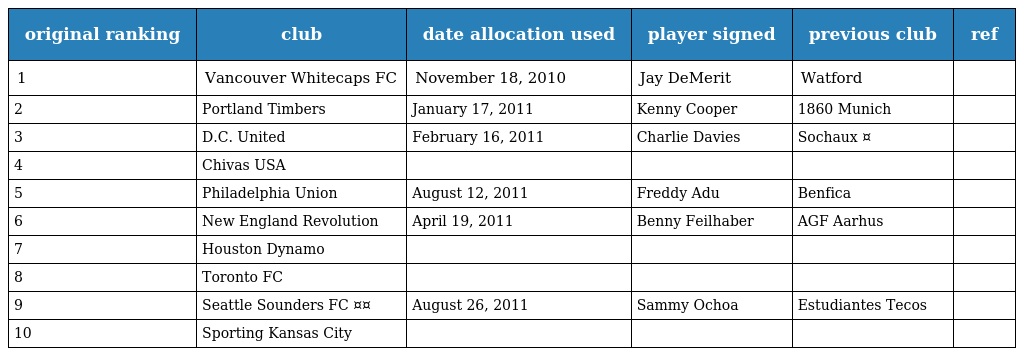
| original ranking | club | date allocation used | player signed | previous club | ref |
 | --- | --- | --- | --- | --- | --- |
 | 1 | Vancouver Whitecaps FC | November 18, 2010 | Jay DeMerit | Watford |  |
 | 2 | Portland Timbers | January 17, 2011 | Kenny Cooper | 1860 Munich |  |
 | 3 | D.C. United | February 16, 2011 | Charlie Davies | Sochaux ¤ |  |
 | 4 | Chivas USA |  |  |  |  |
 | 5 | Philadelphia Union | August 12, 2011 | Freddy Adu | Benfica |  |
 | 6 | New England Revolution | April 19, 2011 | Benny Feilhaber | AGF Aarhus |  |
 | 7 | Houston Dynamo |  |  |  |  |
 | 8 | Toronto FC |  |  |  |  |
 | 9 | Seattle Sounders FC ¤¤ | August 26, 2011 | Sammy Ochoa | Estudiantes Tecos |  |
 | 10 | Sporting Kansas City |  |  |  |  |